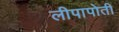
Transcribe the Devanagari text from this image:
लीपापोती